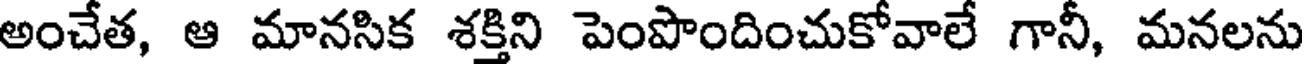
అంచేత, ఆ మానసిక శక్తిని పెంపొందించుకోవాలే గానీ, మనలను